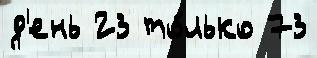
д'ень 23 то́лько 73